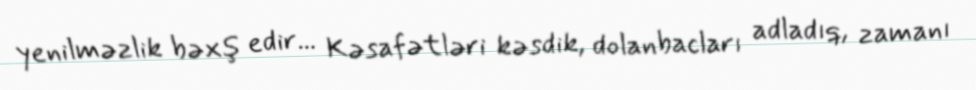
yenilməzlik bəxş edir... Kəsafətləri kəsdik, dolanbacları adladıq, zamanı